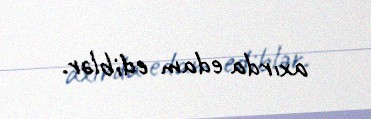
axırda edam ediblər.